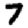
Digit: 7